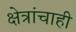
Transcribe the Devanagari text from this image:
क्षेत्रांचाही